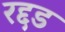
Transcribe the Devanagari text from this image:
रद्दड